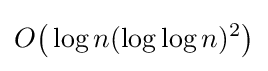
O{\bigl (}\log n(\log \log n)^{2}{\bigr )}